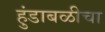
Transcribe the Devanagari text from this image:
हुंडाबळीचा